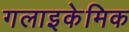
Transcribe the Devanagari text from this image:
गलाइकेमिक